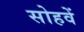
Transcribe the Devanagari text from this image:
सोहवें